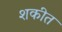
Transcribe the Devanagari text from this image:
शकीत